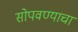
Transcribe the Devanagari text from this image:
सोपवण्याचा